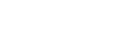
အလိုအတိုင်း